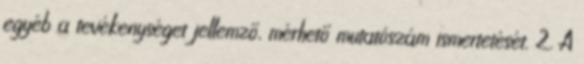
egyéb a tevékenységet jellemző, mérhető mutatószám ismertetését. 2. A